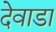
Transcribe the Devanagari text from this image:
देवाडा